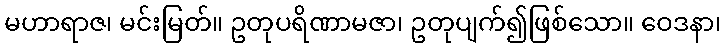
မဟာရာဇ၊ မင်းမြတ်။ ဥတုပရိဏာမဇာ၊ ဥတုပျက်၍ဖြစ်သော။ ဝေဒနာ၊